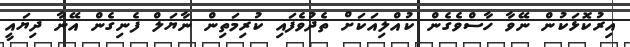
އިރުކޮޅަކުން ނޭވާ ހާސްވެގެން ކުއްލިއަކަށް ތެދުވެފައި ކުރިމަތިން ނާޔަލް ފެނިގެން އޭނާ ދިޔައީ